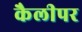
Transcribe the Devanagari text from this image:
कैलीपर